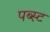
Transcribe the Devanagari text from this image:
पब्स्ट